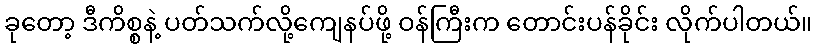
ခုတော့ ဒီကိစ္စနဲ့ ပတ်သက်လို့ကျေနပ်ဖို့ ဝန်ကြီးက တောင်းပန်ခိုင်း လိုက်ပါတယ်။